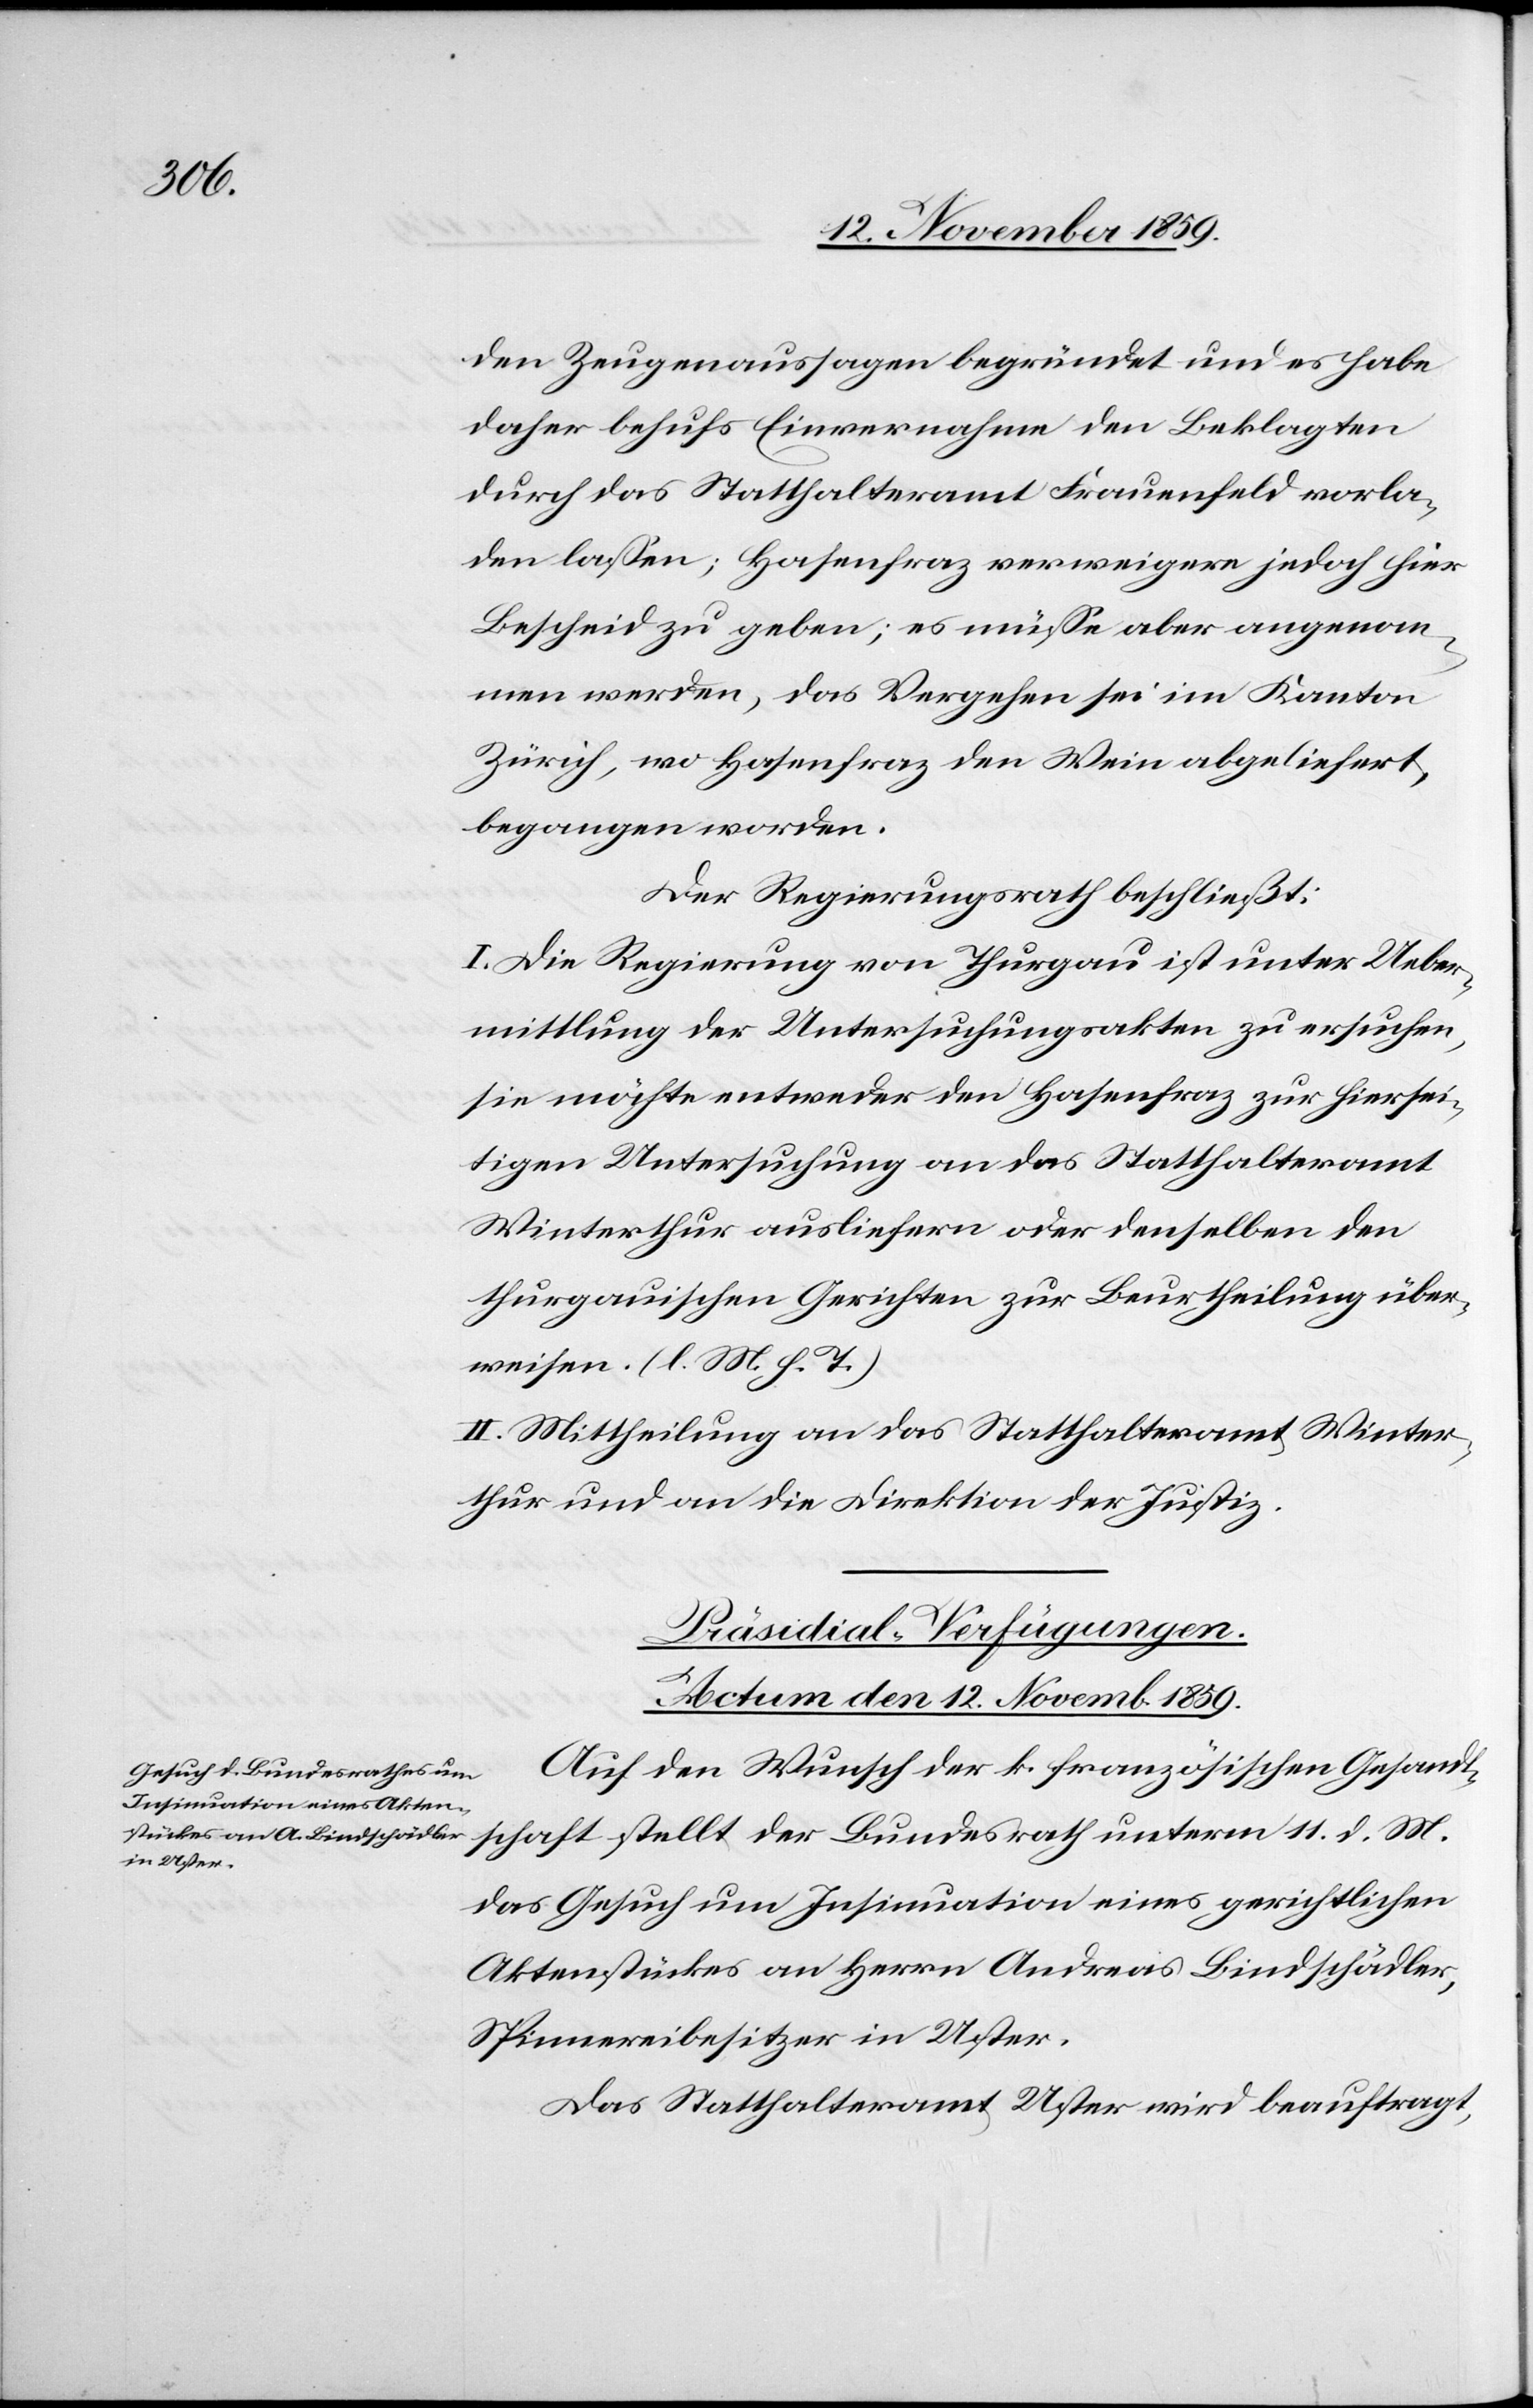
den Zeugenaussagen begründet und es habe
daher behufs Einvernahme den Beklagten
durch das Statthalteramt Frauenfeld vorla¬
den lassen; Hasenfraz verweigere jedoch hier
Bescheid zu geben; es müsse aber angenom¬
men werden, das Vergehen sei im Kanton
Zürich, wo Hasenfraz den Wein abgeliefert,
begangen worden.
Der Regierungsrath beschließt:
I. Die Regierung von Thurgau ist unter Ueber¬
mittlung der Untersuchungsakten zu ersuchen,
sie möchte entweder den Hasenfraz zur hiersei¬
tigen Untersuchung an das Statthalteramt
Winterthur ausliefern oder denselben den
thurgauischen Gerichten zur Beurtheilung über¬
weisen. (l. M. h. T.)
II. Mittheilung an das Statthalteramt Winter¬
thur und an die Direktion der Justiz.
Präsidial-Verfügungen.
Actum den 12. Novemb. 1859.
Auf den Wunsch der k. französischen Gesandt¬
schaft stellt der Bundesrath unterm 11. d. M.
das Gesuch um Insinuation eines gerichtlichen
Aktenstückes an Herrn Andreas Bindschädler,
Spinnereibesitzer in Uster.
Das Statthalteramt Uster wird beauftragt,